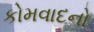
કોમવાદનો